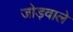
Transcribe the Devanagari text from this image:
जोड़वाले